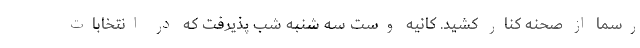
رسما از صحنه کنار کشید. کانیه وست سه شنبه شب پذیرفت که در انتخابات